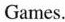
Games.